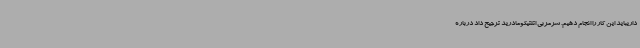
داریباید این کار را انجام دهیم. سرمربی اتلتیکومادرید ترجیح داد درباره